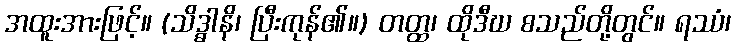
အထူးအားဖြင့်။ (သိဒ္ဓါနိ၊ ပြီးကုန်၏။) တတ္ထ၊ ထိုဒီဃ စသည်တို့တွင်။ ရဿံ၊